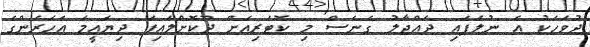
ދުވަހަކު އެ ނުލަފައި ދައްޖާލު ގެނެސް މި ކޮޓަރިއަށް ދޫކޮށްލައިފަ ދިޔައީމަ އަހަރެންގެ